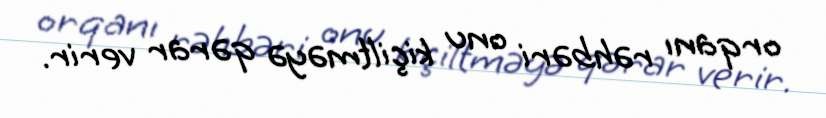
orqanı rəhbəri onu kiçiltməyə qərar verir.